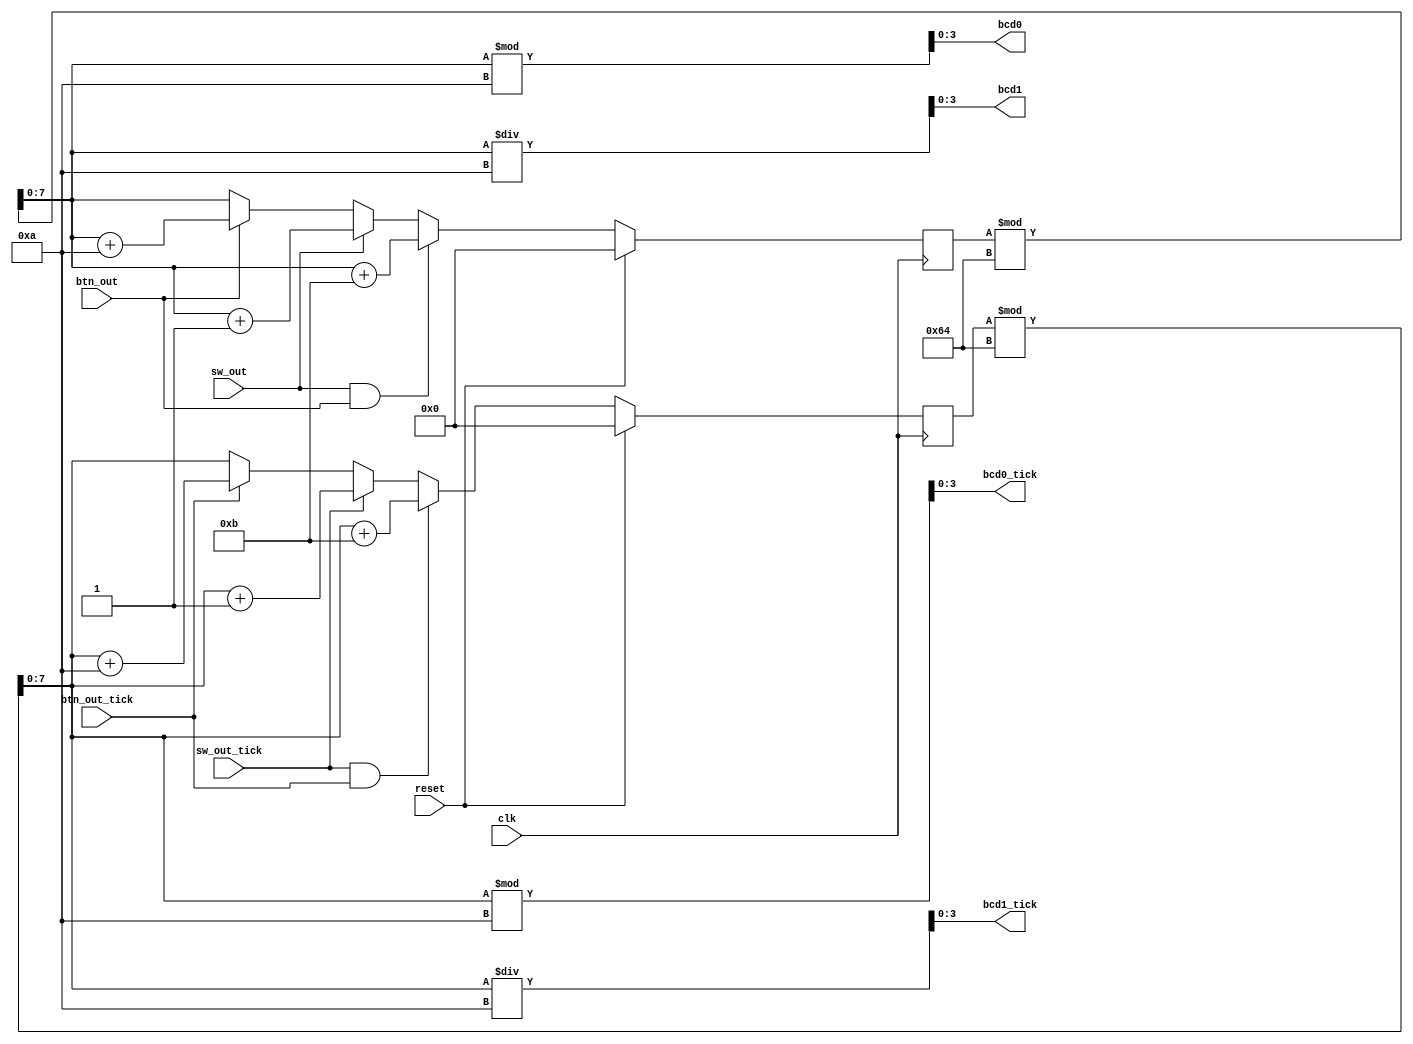
`timescale 1ns / 1ps
module Counting_Addition_Logic(
    input wire      clk,        reset,
    input wire      sw_out,     sw_out_tick, 
    input wire      btn_out,    btn_out_tick,
    output wire [3:0]   bcd1,   bcd1_tick,
    output wire [3:0]   bcd0,   bcd0_tick
);

wire    [7:0]   count,          count_tick;
reg     [7:0]   count_reg,      count_tick_reg;

assign count = count_reg % 100;
assign count_tick = count_tick_reg % 100;

assign bcd1 = count / 10;
assign bcd0 = count % 10;

assign bcd1_tick = count_tick /10;
assign bcd0_tick = count_tick %10;

always @(posedge clk) 
begin
    if(reset)                   count_reg <= 8'd0;
    else if(sw_out & btn_out)   count_reg <= count + 8'd11;
    else if(sw_out)             count_reg <= count + 8'd1;
    else if(btn_out)            count_reg <= count + 8'd10;
    else                        count_reg <= count;
end

always @(posedge clk) 
begin
    if(reset)                               count_tick_reg <= 8'd0;
    else if(sw_out_tick & btn_out_tick)     count_tick_reg <= count_tick + 8'd11;
    else if(sw_out_tick)                    count_tick_reg <= count_tick + 8'd1;
    else if(btn_out_tick)                   count_tick_reg <= count_tick + 8'd10;
    else                                    count_tick_reg <= count_tick;
end

endmodule